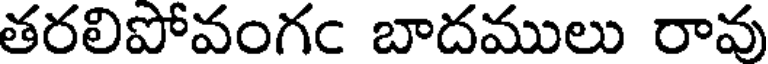
తరలిపోవంగం బాదములు రావు